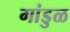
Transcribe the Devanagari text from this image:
गांडुळ